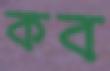
কব